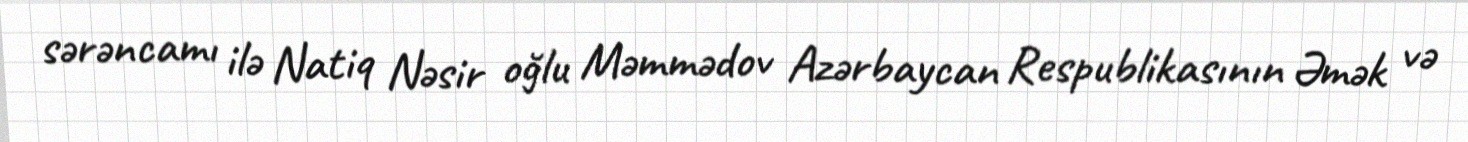
sərəncamı ilə Natiq Nəsir oğlu Məmmədov Azərbaycan Respublikasının Əmək və